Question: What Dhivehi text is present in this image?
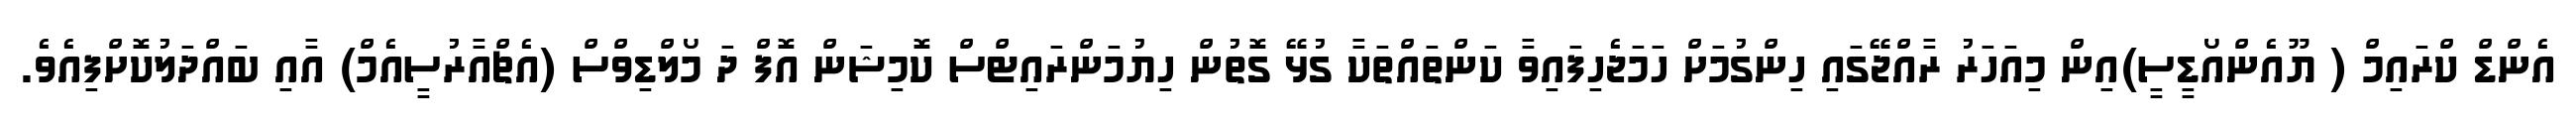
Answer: އެންޑް ކްރައިމް ( ޔޫއެންއޯޑީސީ)އިން މިއަހަރު ރާއްޖޭގައި ހިންގުމަށް ހަމަޖެހިފައިވާ ކަންތައްތަކާ ގުޅޭ ގޮތުން ހިޔުމަންރައިޓްސް ކޮމިޝަން އޮފް ދަ މޯލްޑިވްސް (އެޗްއާރުސީއެމް) އާއި ބައްދަލުކޮށްފިއެވެ.